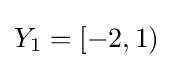
Y_{1}=[-2,1)\